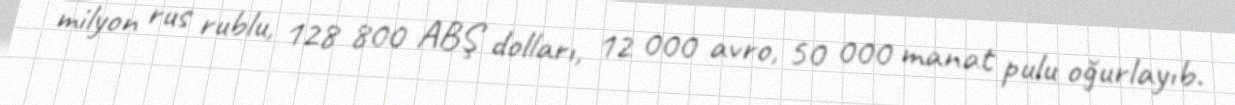
milyon rus rublu, 128 800 ABŞ dolları, 12 000 avro, 50 000 manat pulu oğurlayıb.